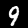
Digit: 9